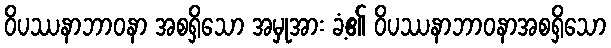
ဝိပဿနာဘာဝနာ အစရှိသော အမှုအား ခံ့၏ ဝိပဿနာဘာဝနာအစရှိသော